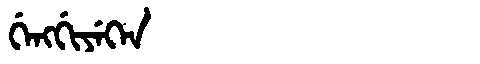
Manchu: ᡤᡝᠩᡤᡳᠶᡝᡴᡝᠨ
Romanization: GENGGIYEKEN